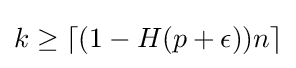
k\geq \lceil (1-H(p+\epsilon ))n\rceil